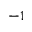
^ { - 1 }